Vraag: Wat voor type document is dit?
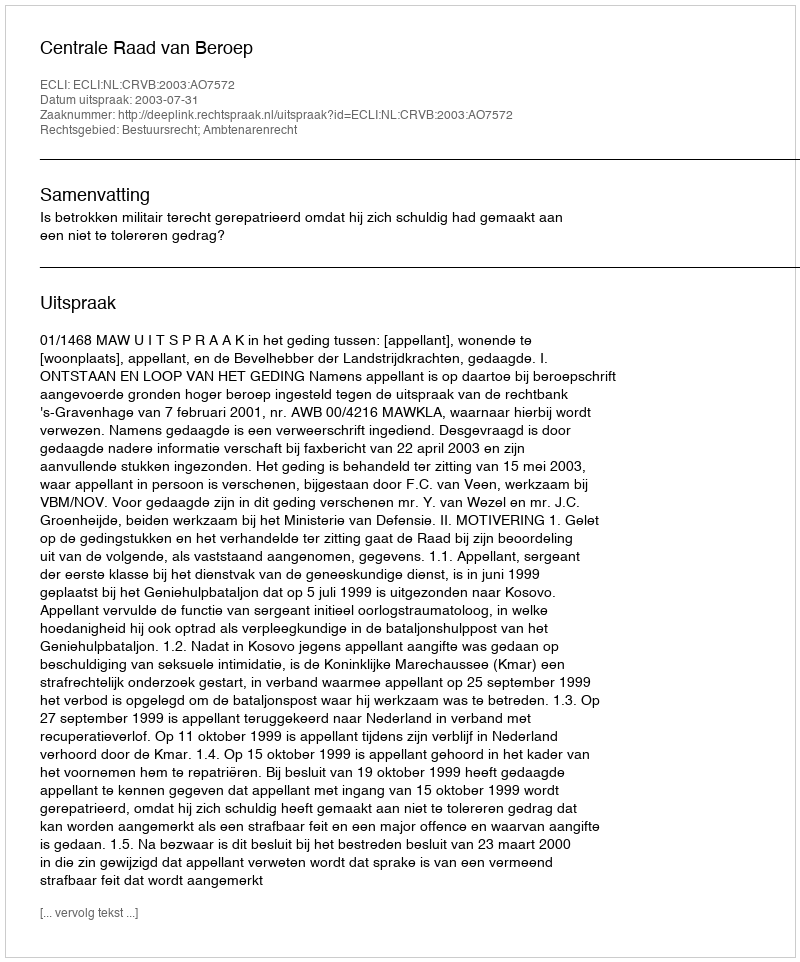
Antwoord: Uitspraak